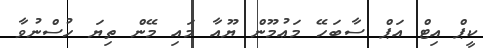
ކީޕް އިޓް އަޕް ސާބަހޭ މަޢުމޫން ޔޫއާ މައި މޭން ތިޔަ ހުސްނުވާ